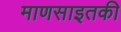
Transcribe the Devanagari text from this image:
माणसाइतकी